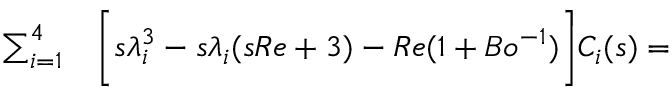
\begin{array} { r l } { \sum _ { i = 1 } ^ { 4 } } & { { } \bigg [ s \lambda _ { i } ^ { 3 } - s \lambda _ { i } ( s R e + 3 ) - R e ( 1 + B o ^ { - 1 } ) \bigg ] C _ { i } ( s ) = } \end{array}